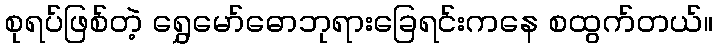
စုရပ်ဖြစ်တဲ့ ရွှေမော်ဓောဘုရားခြေရင်းကနေ စထွက်တယ်။